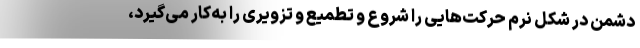
دشمن در شکل نرم حرکت‌هایی را شروع و تطمیع و تزویری را به‌کار می‌گیرد،